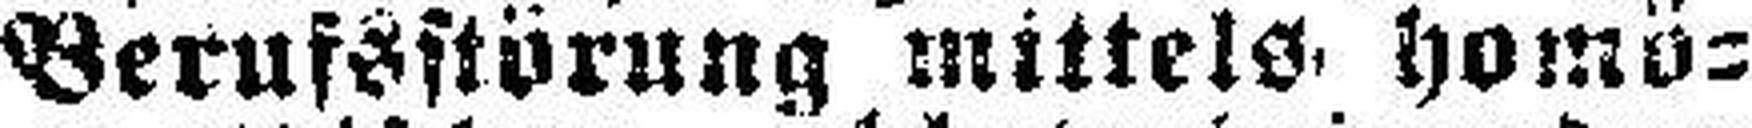
Berufsstörung mittels homö¬